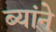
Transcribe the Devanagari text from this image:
ब्यांने